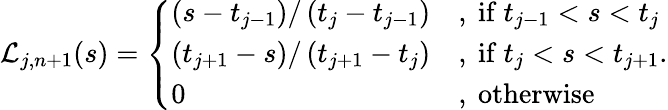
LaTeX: \mathcal{L}_{j,n+1}(s)=\left\{ \begin{array}{ll}{\left(s-t_{j-1}\right)/\left(t_{j}-t_{j-1}\right)}&{,\mathrm{~if~}t_{j-1}<s<t_{j}}\\ {\left(t_{j+1}-s\right)/\left(t_{j+1}-t_{j}\right)}&{,\mathrm{~if~}t_{j}<s<t_{j+1}}\\ {0}&{,\mathrm{~otherwise~}}\end{array}\right..